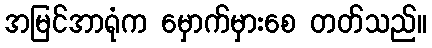
အမြင်အာရုံက မှောက်မှားစေ တတ်သည်။